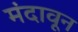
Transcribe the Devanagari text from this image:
मंदावून